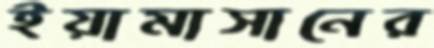
ইয়ামাসানের